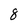
Character: 8